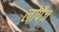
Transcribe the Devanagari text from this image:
लोपैज़